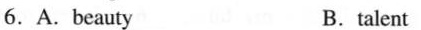
6.A. beauty